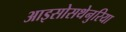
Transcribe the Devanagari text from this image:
आइसोसथेनुरिया